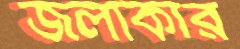
জলাকার